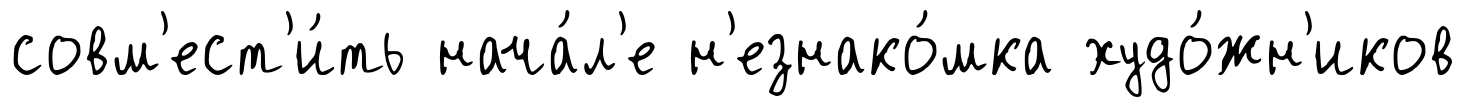
совм'ест'и́ть нача́л'е н'езнако́мка худо́жн'иков